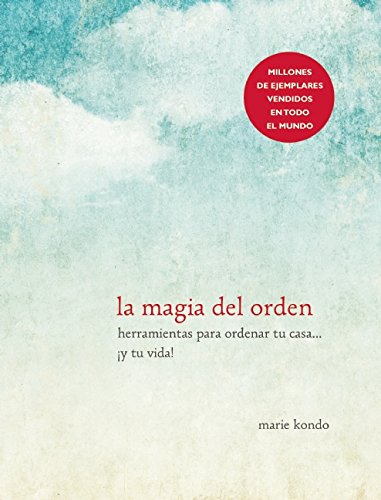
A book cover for La magia del orden (Spanish Edition); Marie Kondo; Religion & Spirituality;